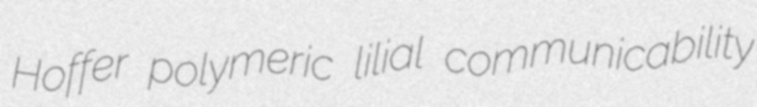
Hoffer polymeric lilial communicability